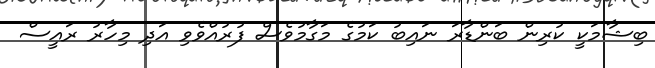
ބިޝާމަކީ ކުރިން ބަންޑާރަ ނައިބު ކަމުގެ މަގާމުވެސް ފުރުއްވެވި އަދި މިހާރު ރައީސް